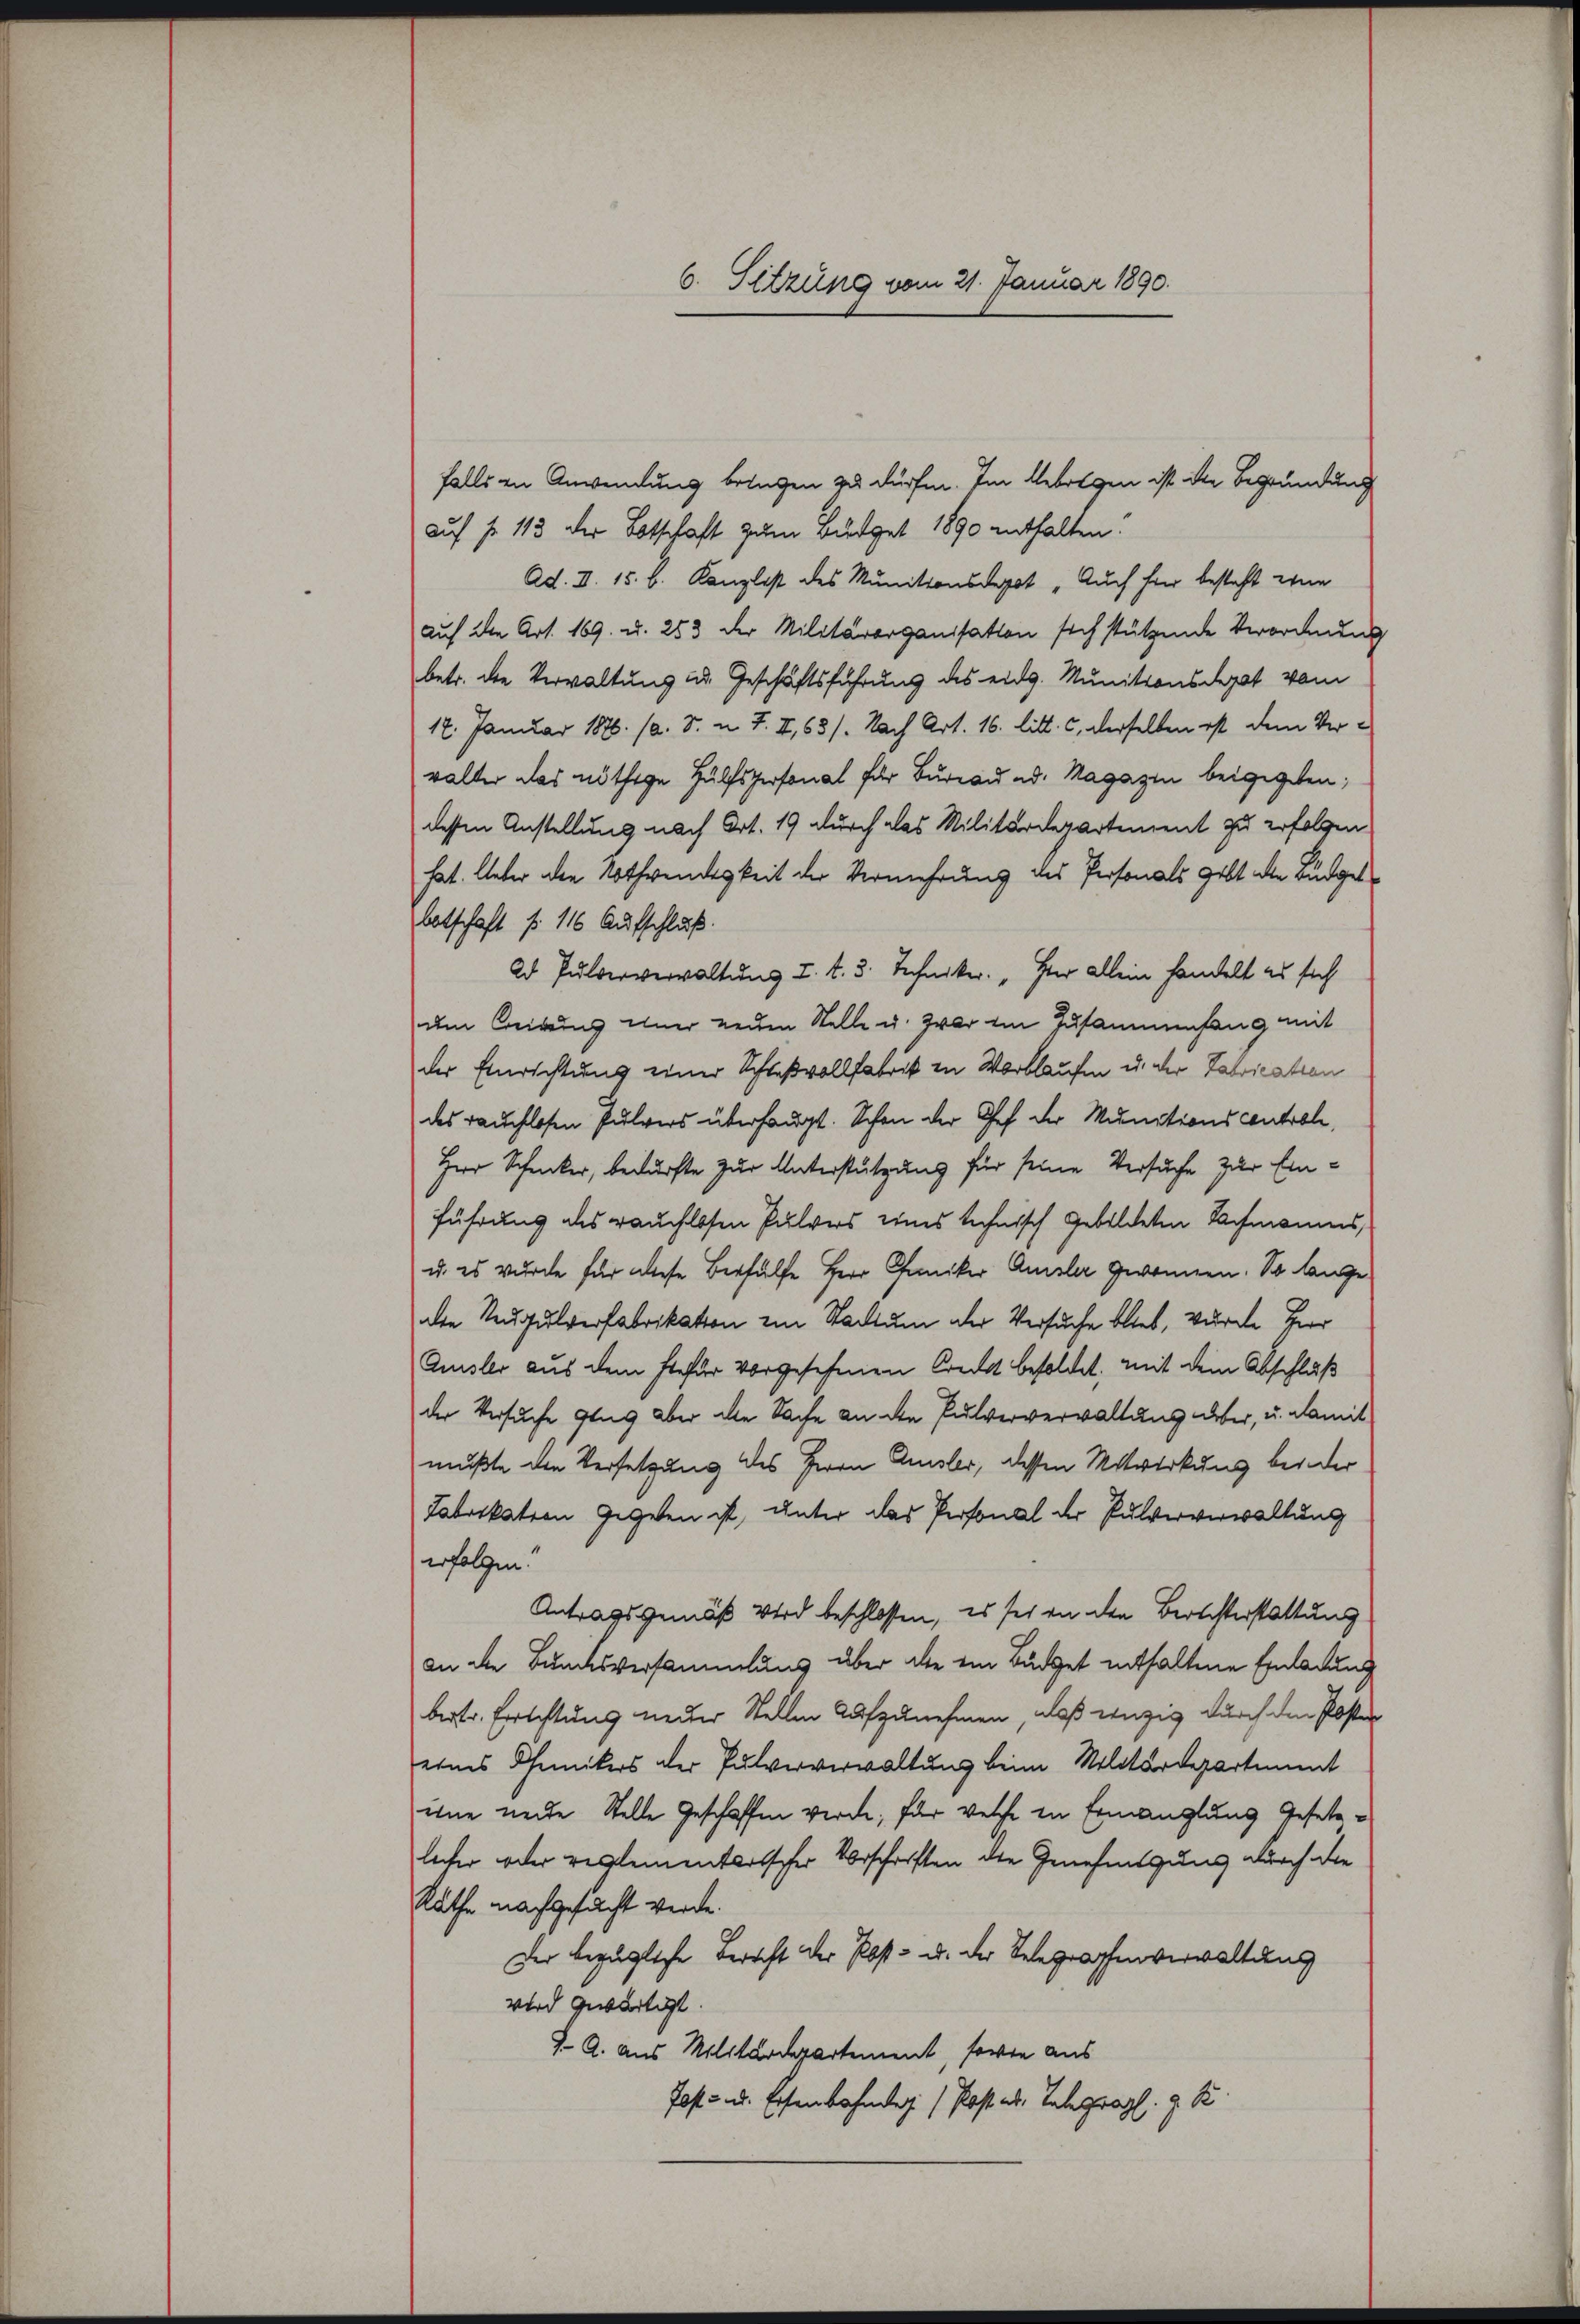
6. Sitzung vom 21. Januar 1890.

falls in Anwendung bringen zu dürfen. Im Gebrigen ist ist Begründung
auf No 113 der Botschaft zum Büdget 1890 enthalten.
Ad. II. 15. b. Kanzlist des Munitionsdepot „Auch hier besteht eine
auf die Art. 169. u. 253 der Militärorganisation sich stützende Verordnung
betr. die Verwaltung an Geschäftsführung des eidg. Munitionsdepot vom
17. Januar 1876. 10. 8. u. 7. X, 63/. Nach Art. 16. litt. c, derselben ist dem Verwalter das nöthige Hülfspersonal für Bureau ad. Magazin beigegeben;
dessen Anstellung nach Art. 19 durch das Militärdepartement zu erfolgen.
hat. Unter den Nothwendigkeit der Vermehrung des Personals gibt die Büdget
botschaft fr. 116 Aufschluß.
2d Pulververwaltung I. d. 3. Techniker. „Herr allein handelt es sich
um Beigung einer neuen Stelle u. zwar im Zusammenfang mit
der Einrichtung einer Schlaßvollfabrik in Wortlaufen u. der Fabrication
des rauchlosen Pulvers überhaupt. Schon der Chef der Munitionscontrole,
Herr Schucker, bedürfte zur Unterstützung für seine Versuche zur Einführung des rauchlosen Pulvers eines technisch gebildeten Nachmannes,
u. es wurde für diese Berhülfe Herr Paniker Amsler gewonnen. So lange
die Neupulverfabrikation im Stadtum der Versuche blieb, wurde Herr
Amsler aus dem hiefür vorgesehenen Crackt besoldet, mit dem Abschluß
der Versuche ging aber die Sache an die Pulververwaltung über, u. damit
mußte die Versetzung des Herrn Amsler, dessen Mitwirkung bei der
Tabrikation gegeben ist, unter das Personal der Pulververwaltung
erfolgen.
Antragsgemäß wird beschlossen, es sei an den Berichterstattung
an die Bundesversammlung über die ein Budget enthaltene Einladung
bertr. Errichtung neuer Stellen aufzunehmen, daß einzig durch den Posten
eines Chemikers der Pulververwaltung beim Militärdepartiment
eine neue Stelle Geschaffen werde; für welche in Ermanglung Gesetzlicher oder reglementarischer Vorschriften die Genehmigung durch die
Räthe nachgesucht werde.
Der bezügliche Bericht der Post- u. der Telegraphenverwaltung
wird gewärtigt.
J. A. aus Militärdepartement, sowie aus
Jost u. s. Erstenbahntag / Post ab. Telegragl. z. B.